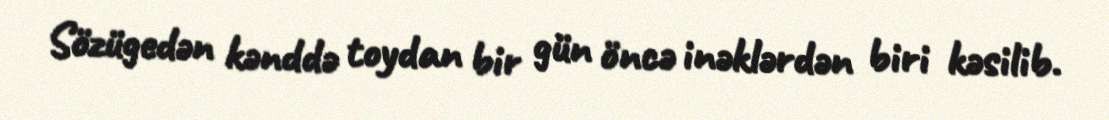
Sözügedən kənddə toydan bir gün öncə inəklərdən biri kəsilib.